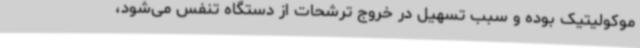
موکولیتیک بوده و سبب تسهیل در خروج ترشحات از دستگاه تنفس می‌شود،